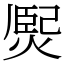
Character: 㷩